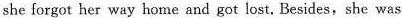
she forgot her way home and got lost, Besides, she was